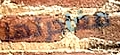
مغادرتها